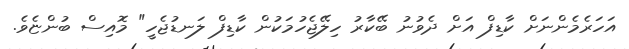
އަހަރެމެންނަށް ކާޑިފް އަށް ދެވުނު ބޭކާރު ހިލޭޖެހުމަކުން ކާޑިފް ލަނޑުޖެހީ" މޮއިސް ބުންޏެވެ.